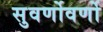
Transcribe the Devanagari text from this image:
सुवर्णोवर्णो